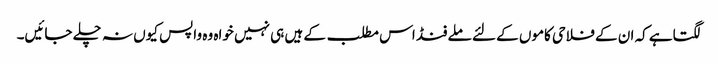
لگتاہے کہ ان کے فلاحی کاموں کے لئے ملے فنڈ اس مطلب کے ہیں ہی نہیں خواہ وہ واپس کیوں نہ چلے جائیں۔